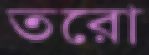
তরো